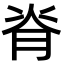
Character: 脊